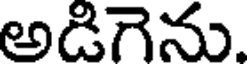
అడిగెను.